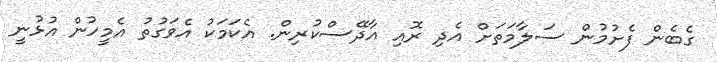
ގެބެން ފެށުމުން ސަލާމަތަށް އެދި ރޮއި އާދޭސްކުރިން. އެކަމަކު އެވަގުތު އެމީހުން އުޅުނީ